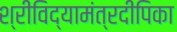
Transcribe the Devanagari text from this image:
श्रीविद्यामंत्रदीपिका